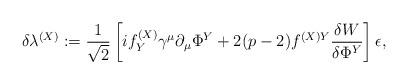
LaTeX: \begin{align*}\delta \lambda^{(X)}:=\frac1{\sqrt{2}}\left[i f^{(X)}_Y \gamma^\mu \partial_\mu\Phi^Y+2(p-2)f^{(X)Y}\frac{\delta W}{\delta \Phi^Y} \right]\epsilon,\end{align*}